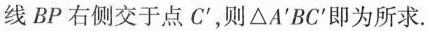
线BP右侧交于点C^{\prime}，则△A^{\prime}BC^{\prime}即为所求。请